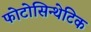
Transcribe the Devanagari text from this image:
फोटोसिन्थेटिक